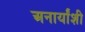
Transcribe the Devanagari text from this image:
अनार्यांशी